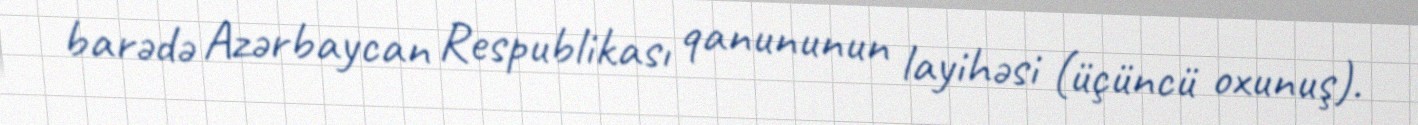
barədə Azərbaycan Respublikası qanununun layihəsi (üçüncü oxunuş).